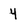
Character: 4